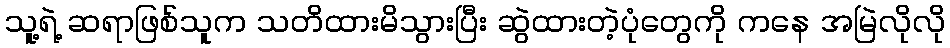
သူ့ရဲ့ ဆရာဖြစ်သူက သတိထားမိသွားပြီး ဆွဲထားတဲ့ပုံတွေကို ကနေ အမြဲလိုလို